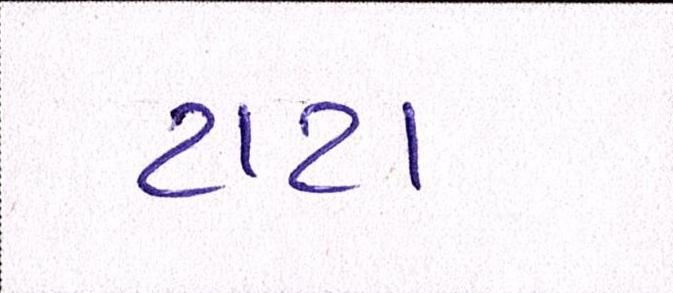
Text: ટાટા